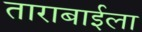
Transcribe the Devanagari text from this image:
ताराबाईला